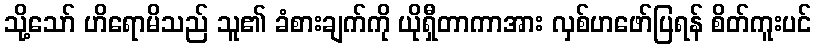
သို့သော် ဟိရောမိသည် သူ၏ ခံစားချက်ကို ယိုရှီတာကာအား လှစ်ဟဖော်ပြရန် စိတ်ကူးပင်